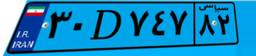
۲۹D۰۷۷۹۴